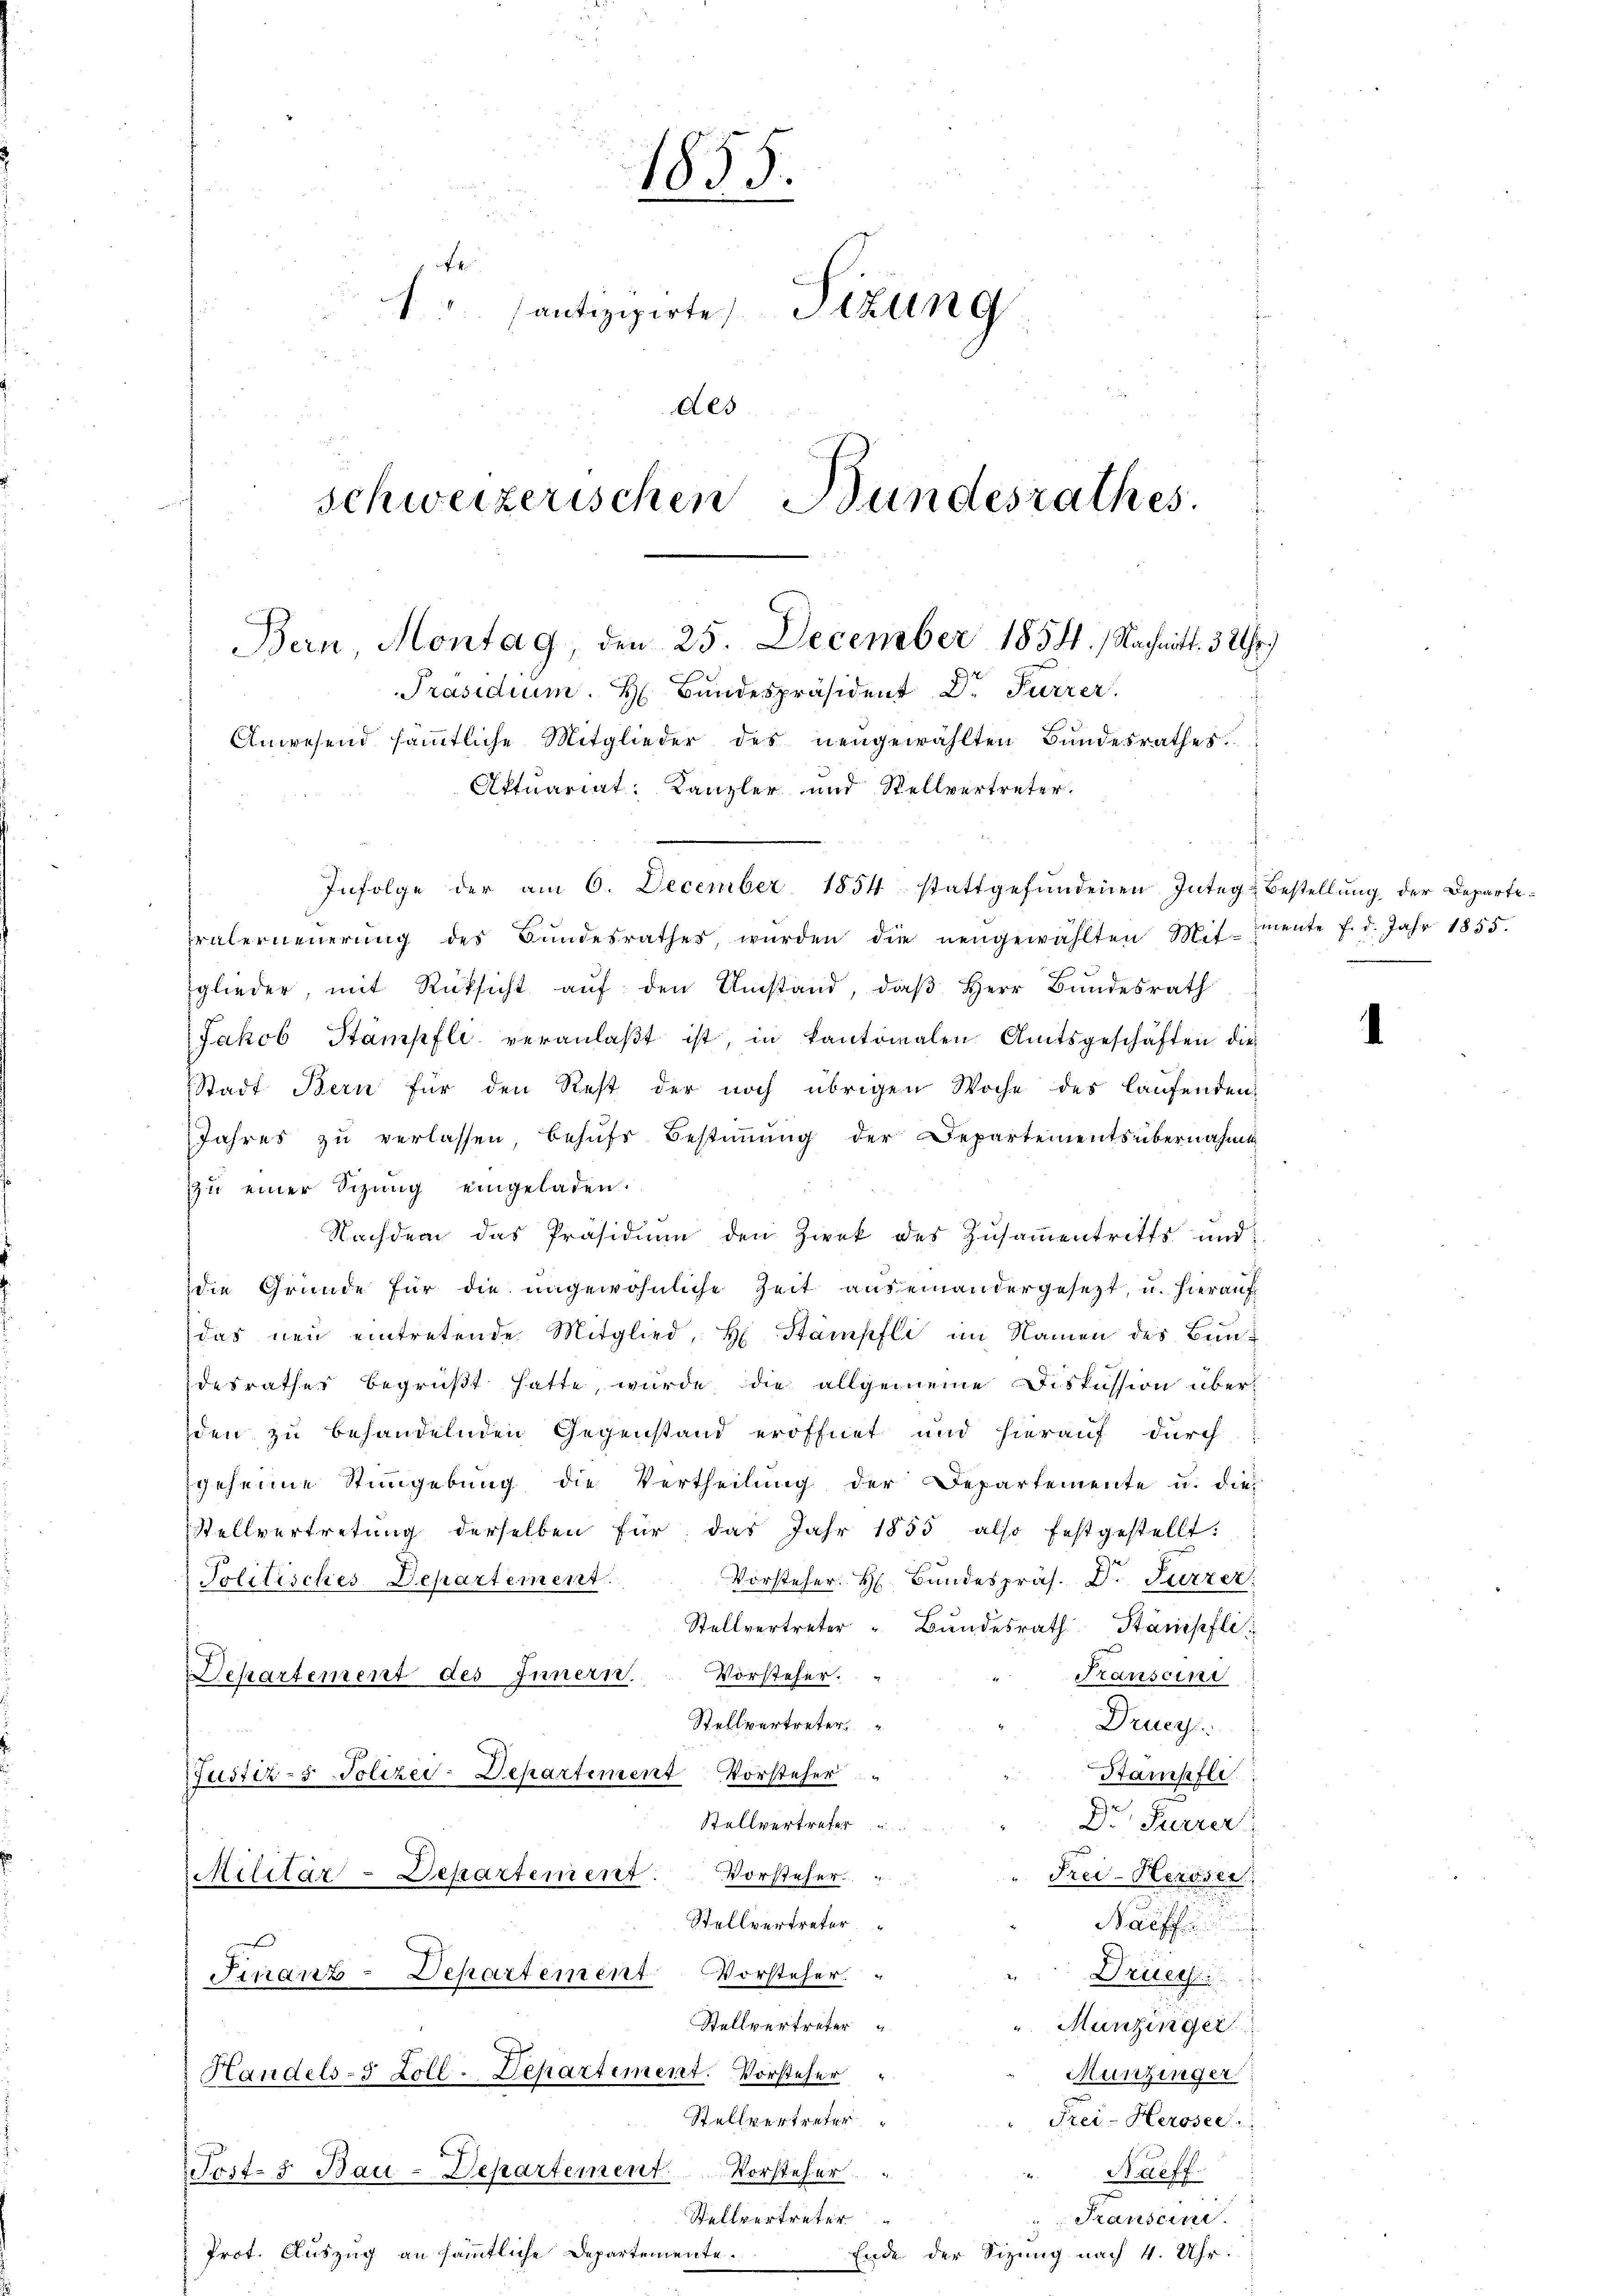
Bern, Montag, den 25. December 1854.) Nachnitt. 3 Uhr.
Präsidium. H. Bundespräsident Dr Furrer.
Anwesend sämmtliche Mitglieder des neŭgewählten Bundesrathes.
Aktuariat: Kanzler und Stellvertreter.

1855.
1 santizipirte Sitzung
des
schweizerischen Bundesrathes.

rüterneŭerŭng des Bŭndesrathes, würden die neŭgewählten Mitmente f. d. Jahr 1855.
glieder, mit Rüksicht auf den Umstand, daß Herr Bundesrath
Jakob Stämpfli veranlaßt ist, in kantonalen Amtsgeschäften die
Stadt Bern für den Rest der noch übrigen Woche des laufenden
Jahres zu verlassen, behufs Bestimmung der Departements übernahme
zu einer Sizung eingeladen.
Nachdem das Präsidium den Zwek des Zŭsaṁentritts und
die Gründe für die ungewöhnliche Zeit auseinandergesezt, u. hierauf
das neu eintretende Mitglied, H. Stämpfli im Namen des Bundesrathes begrüßt hatte, wurde, die allgemeine Diskussion überden zu behandelnden Gegenstand eröffnet und hierauf durch
geheime Stimmgebŭng die Vertheilŭng der Departemente u. die
Stellvertretung derselben für das Jahr 1855 also festgestellt:
Vorsteher. H. Bundespräs. Dr. Fürzer
Politisches Departement.
Stellvertreter " Bŭndesrath Stanischli
Transcini
Departement des Innern. Vorsteher.
Stellvertreter
Drueyi.
Stämpfli
Justiz- & Polizei-Departiment Vorsteher
Dr. Furrer
Stellvertreter
" Frei-Keroser
Militar-Departement. Vorsteher.
Stellvertreter
Naeff
Immanz-Departement Vorsteher.
Druech
Stellvertreter
Munzinger
Handels- 5 Zoll-Departement. Vorsteher
Munzinger
Stellvertreter
Frei-Herosee
Post- 5. Bau-Departement. Vorsteher
"Naeff.
Transeine
Stellvertreter
Prot. Auszug an sämmtliche Departemente.
Ende der Sizung nach 4. Uhr.

Infolge der am 6. December 1854 stattgefŭndenen Integ-Bestellŭng der Departe¬